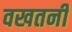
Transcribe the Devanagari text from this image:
वखतनी